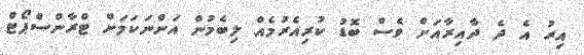
އިރު އެ ދެ ދާއިރާއަށް ވެސް ބޮޑު ކުރިއެރުމެއް ލިބެމުން އަންނަކަމަށް ޓްރާންސްޕޯޓް